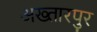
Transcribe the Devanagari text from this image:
अख्तारपुर